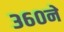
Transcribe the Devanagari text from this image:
३६०ने